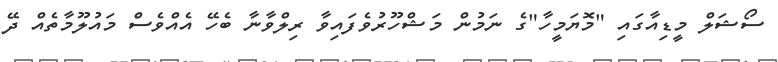
ސޯޝަލް މީޑިއާގައި "މޮޔަމީހާ"ގެ ނަމުން މަޝްހޫރުވެފައިވާ ރިލްވާނާ ބެހޭ އެއްވެސް މައުލޫމާތެއް ދޭ